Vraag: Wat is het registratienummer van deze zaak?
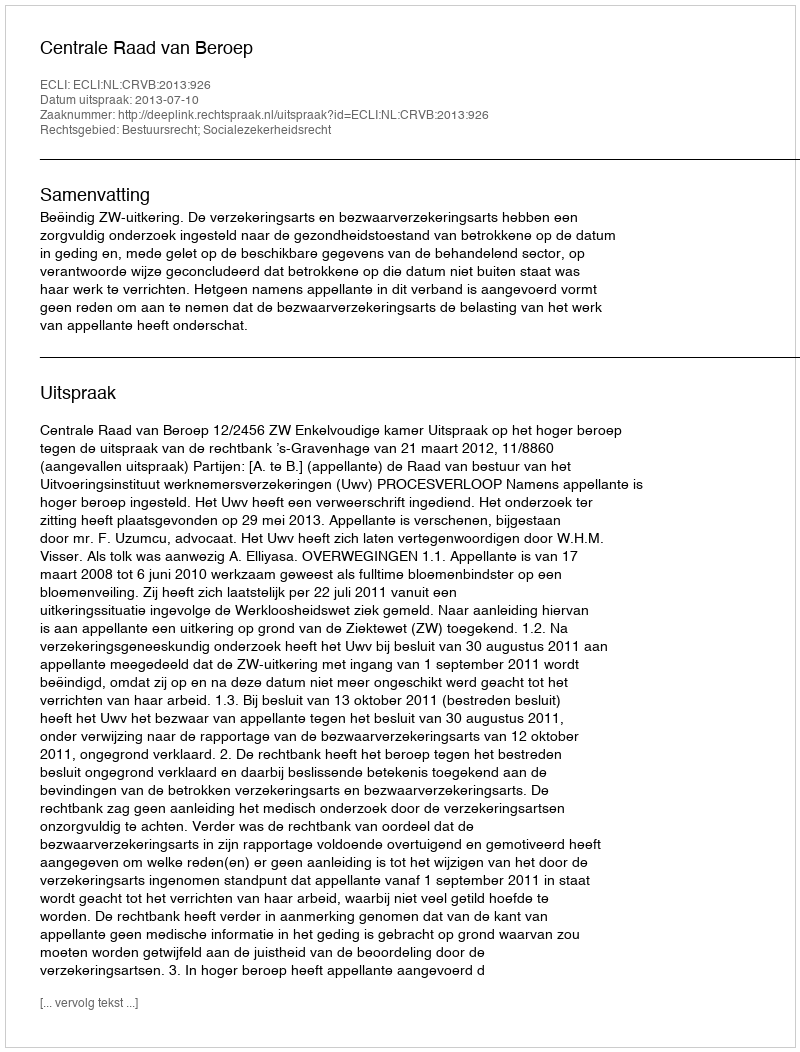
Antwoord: http://deeplink.rechtspraak.nl/uitspraak?id=ECLI:NL:CRVB:2013:926